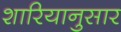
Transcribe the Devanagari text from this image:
शारियानुसार